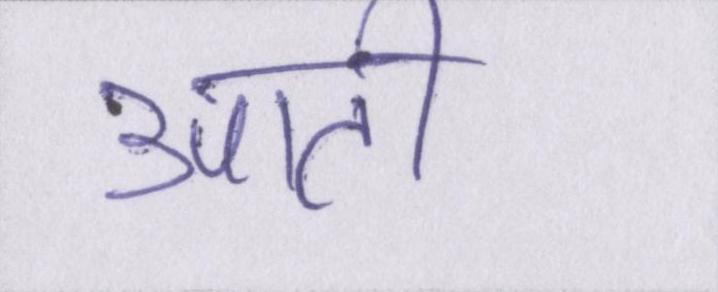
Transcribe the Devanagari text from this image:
आती।